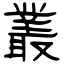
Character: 叢